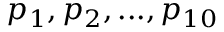
p _ { 1 } , p _ { 2 } , . . . , p _ { 1 0 }